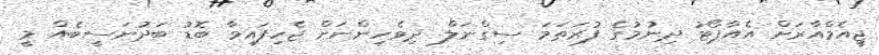
ޖީއެމްއާރަށް އެއާޕޯޓު ދިނުމުގެ ފުރަތަމަ ސިގްނަލް. ދިވެހިންނަށް ޖެހިފައިވާ ބޮޑު ބަދުނަސީބެއް މީ